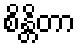
စိန္တိတာ